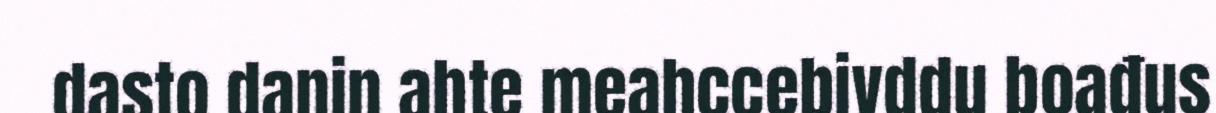
dasto danin ahte meahccebivddu boađus